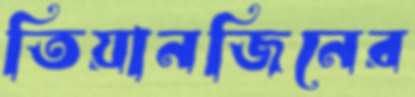
তিয়ানজিনের